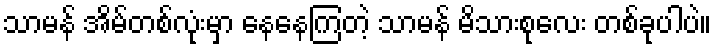
သာမန် အိမ်တစ်လုံးမှာ နေနေကြတဲ့ သာမန် မိသားစုလေး တစ်ခုပါပဲ။